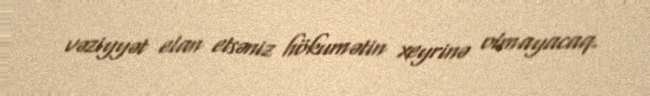
vəziyyət elan etsəniz hökumətin xeyrinə olmayacaq.